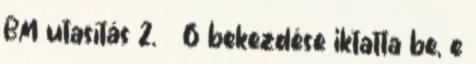
BM utasítás 2. § 6 bekezdése iktatta be, e